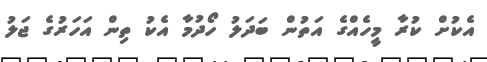
އެކުށް ކުރާ މީހެއްގެ އަތުން ބަދަލު ހޯދުމާ އެކު ތިން އަހަރުގެ ޖަލު